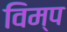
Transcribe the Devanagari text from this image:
विम्प